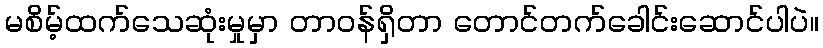
မစိမ့်ထက်သေဆုံးမှုမှာ တာဝန်ရှိတာ တောင်တက်ခေါင်းဆောင်ပါပဲ။